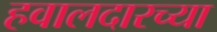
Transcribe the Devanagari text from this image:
हवालदारच्या